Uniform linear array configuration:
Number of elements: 32
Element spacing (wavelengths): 0.25
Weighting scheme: cosine
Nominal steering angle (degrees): -30
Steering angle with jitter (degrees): -28.583
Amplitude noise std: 0.05
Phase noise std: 0.05

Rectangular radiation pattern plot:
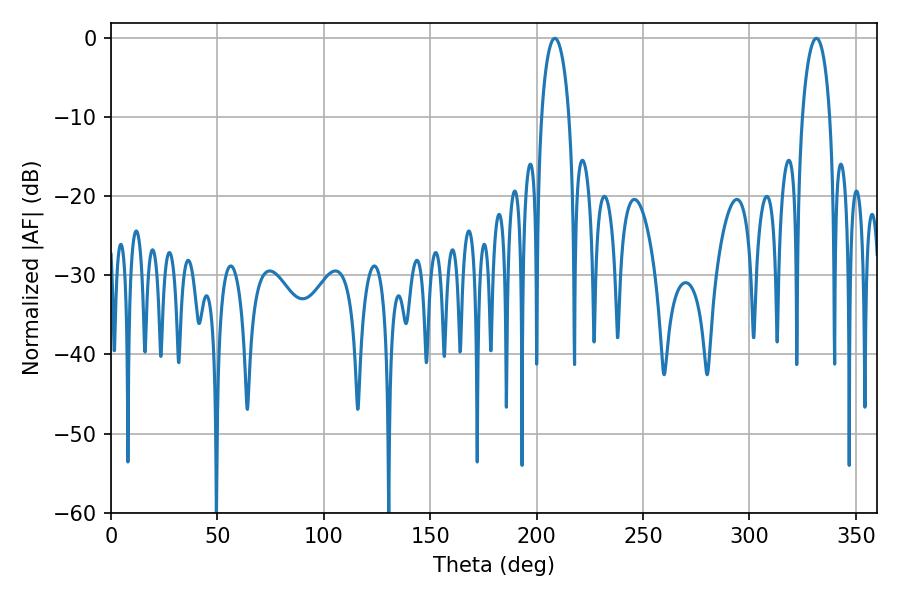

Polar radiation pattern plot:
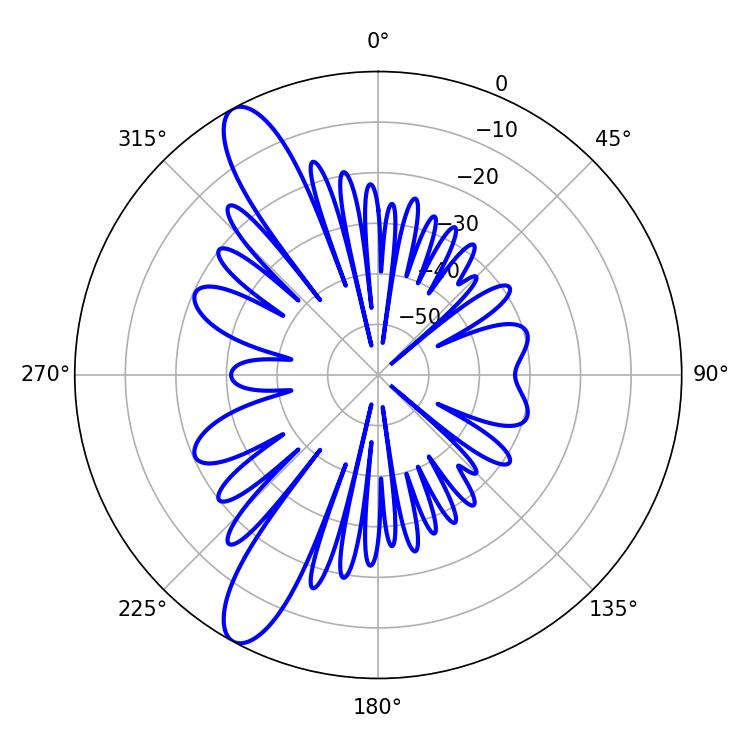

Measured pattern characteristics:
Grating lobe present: FALSE
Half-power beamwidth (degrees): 7.56
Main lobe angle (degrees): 208.62